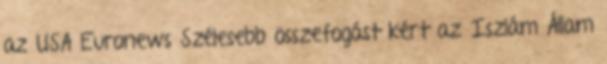
az USA Euronews Szélesebb összefogást kért az Iszlám Állam